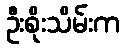
ဦးစိုးသိမ်းက